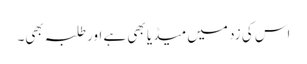
اس کی زد میں میڈیا بھی ہے اور طلبہ بھی۔